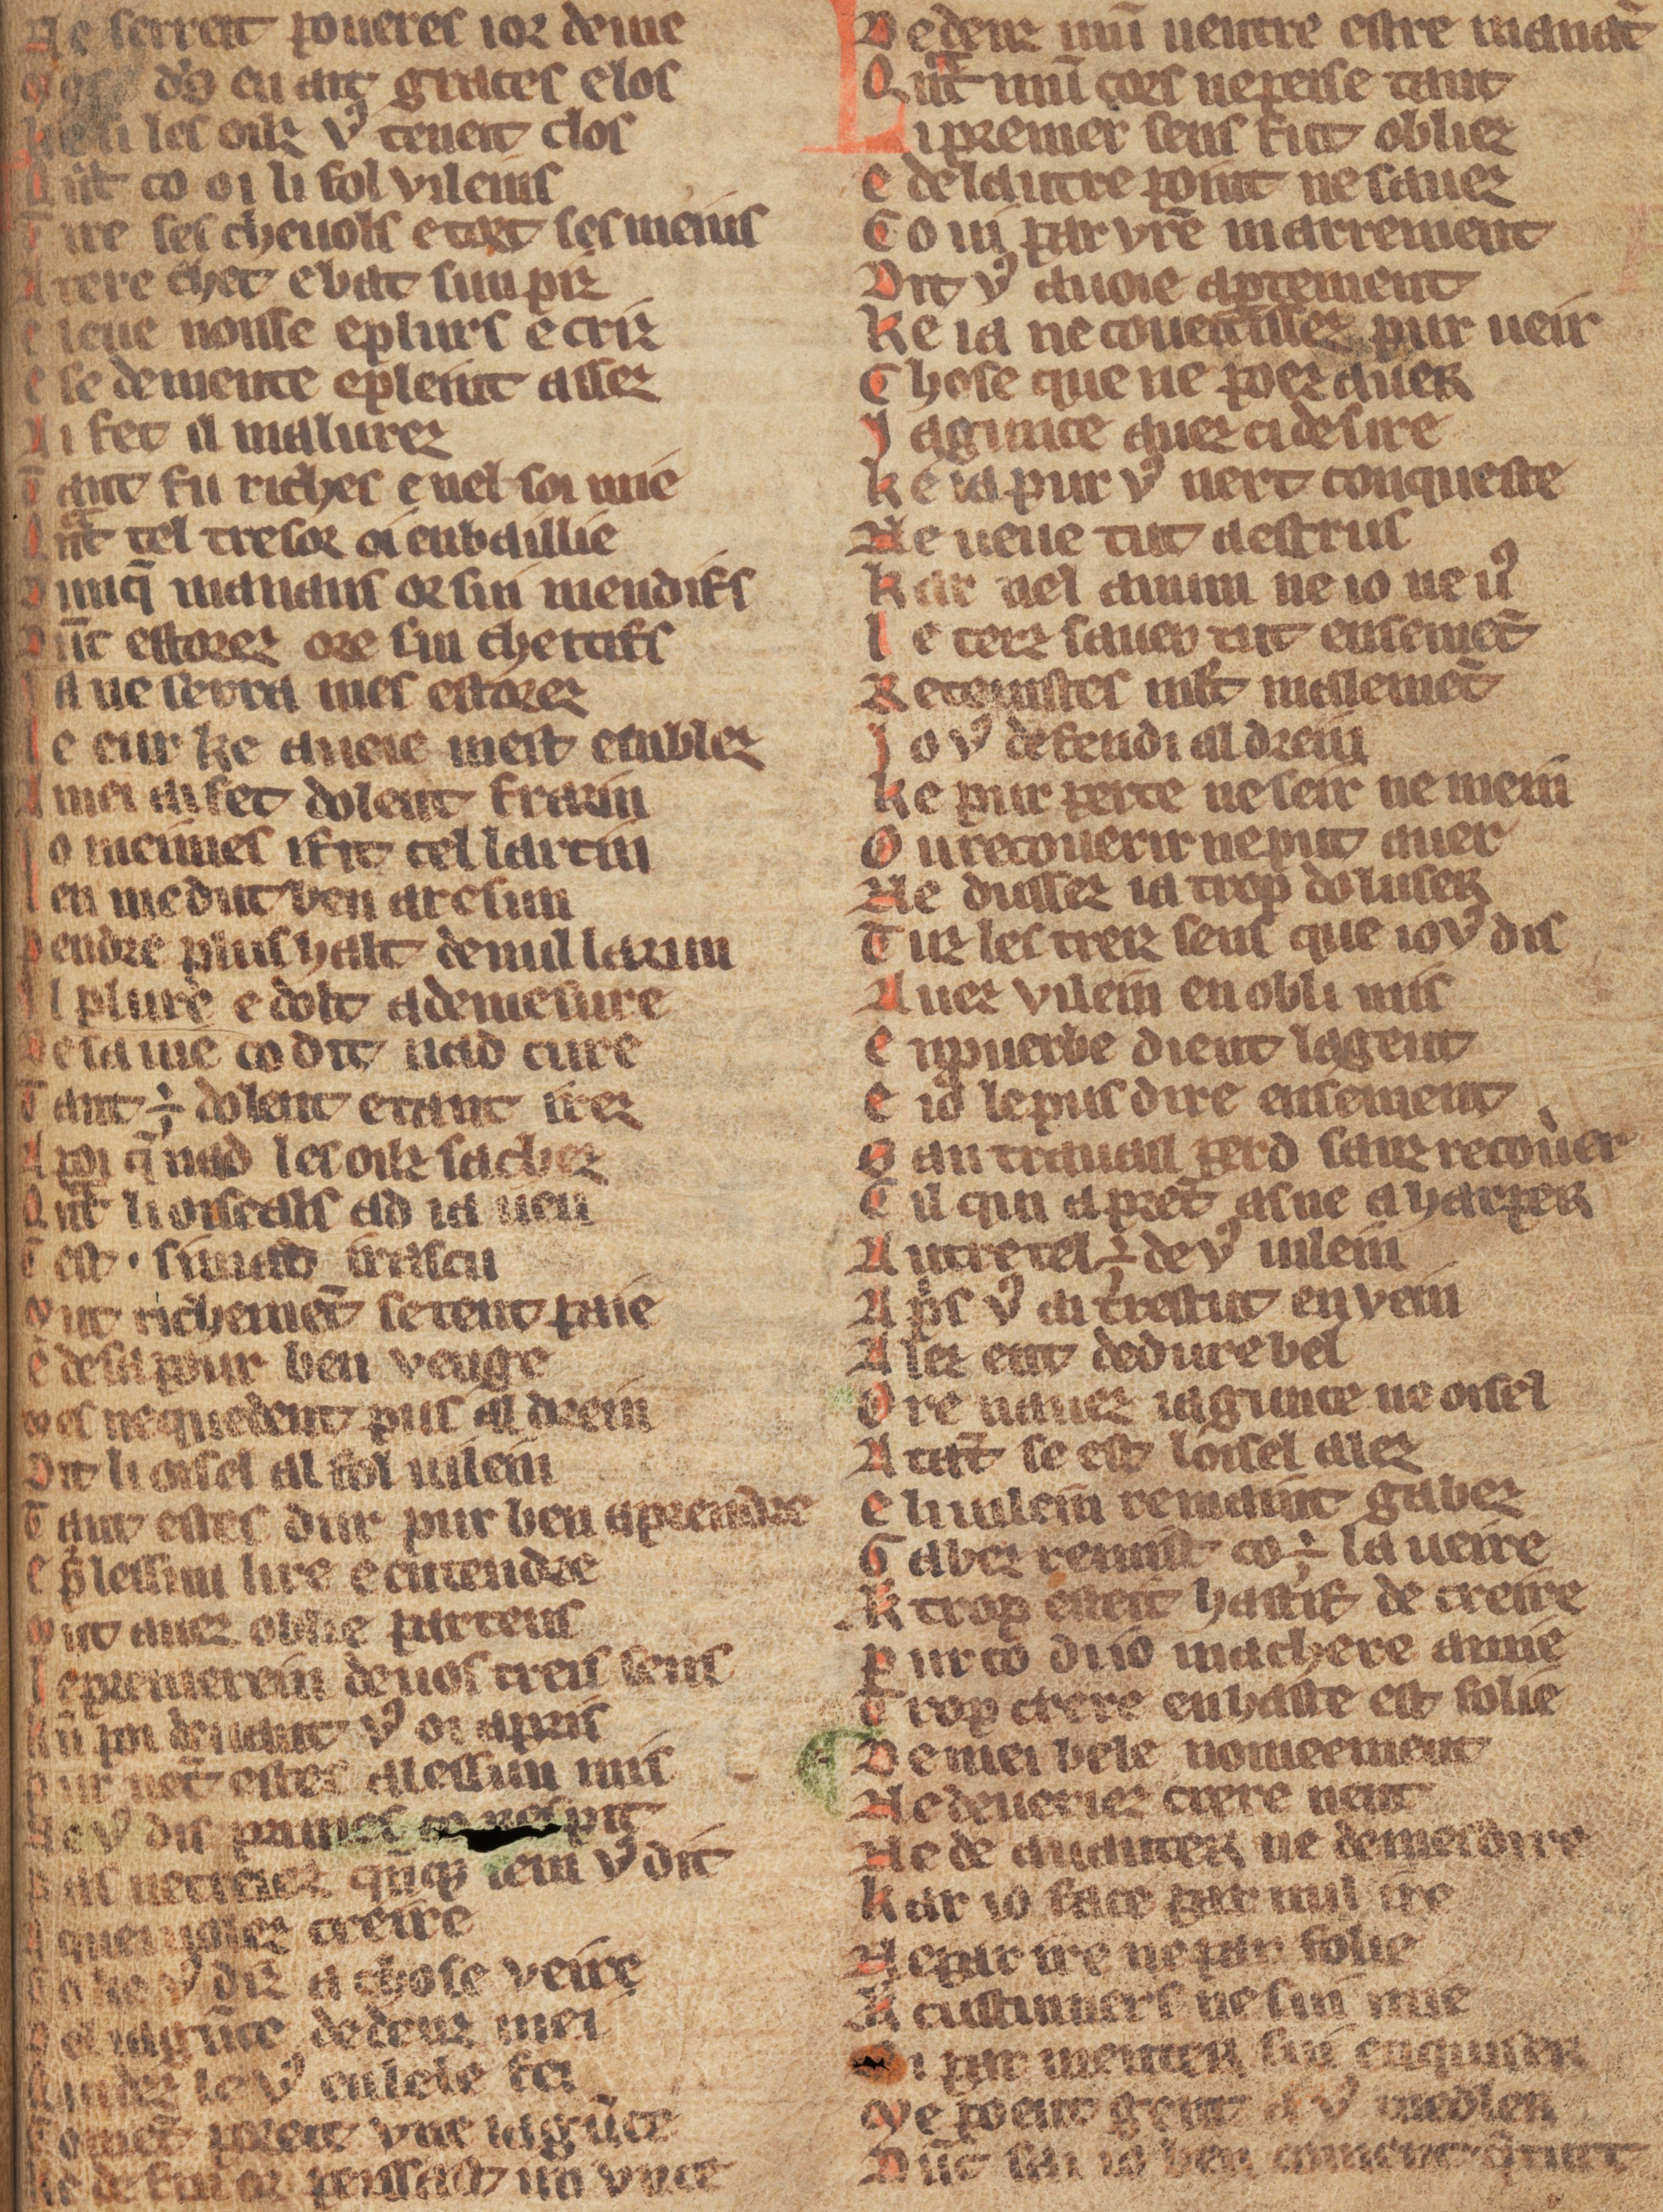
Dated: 1270–1330